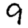
Digit: 9